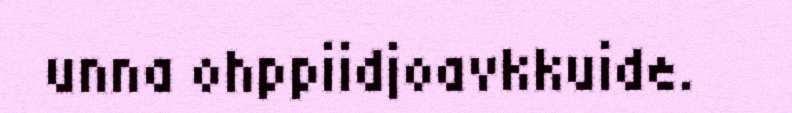
unna ohppiidjoavkkuide.